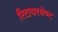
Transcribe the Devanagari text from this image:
रिटायरमेण्ट